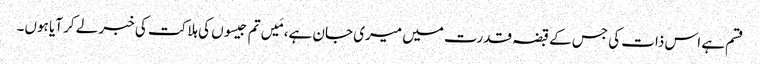
قسم ہے اس ذات کی جس کے قبضہ قدرت میں میری جان ہے، مَیں تم جیسوں کی ہلاکت کی خبر لے کر آیا ہوں۔